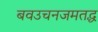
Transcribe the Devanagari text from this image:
बवउचनजमतद्ध